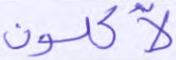
لآكلون